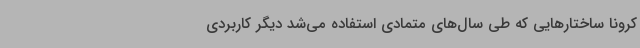
کرونا ساختارهایی که طی سال‌های متمادی استفاده می‌شد دیگر کاربردی